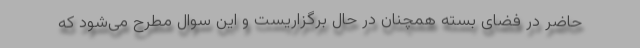
حاضر در فضای بسته همچنان در حال برگزاریست و این سوال مطرح می‌شود که